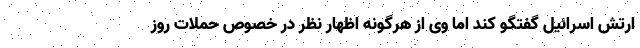
ارتش اسرائیل گفتگو کند اما وی از هرگونه اظهار نظر در خصوص حملات روز